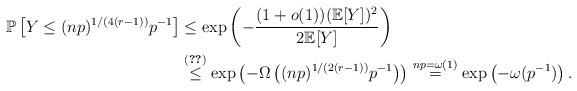
LaTeX: \begin{align*}\mathbb{P}\left[Y\leq (np)^{1/(4(r-1))}p^{-1}\right]&\leq \exp\left(-\frac{(1+o(1))(\mathbb{E}[Y])^2}{2\mathbb{E}[Y]}\right)\\&\stackrel{\eqref{expectationY}}{\leq}\exp\left(-\Omega\left((np)^{1/(2(r-1))}p^{-1}\right)\right)\stackrel{np=\omega(1)}{=} \exp\left(-\omega(p^{-1})\right).\end{align*}